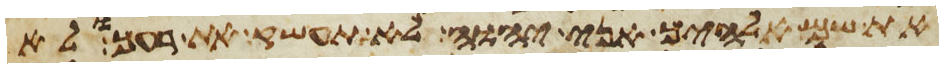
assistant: את שם אלהיך אני יהוה לא תעשק את רעך ולא